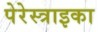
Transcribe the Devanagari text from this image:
पेरेस्त्राइका